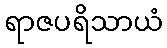
ရာဇပရိသာယံ